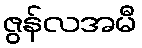
ဇွန်လအမီ